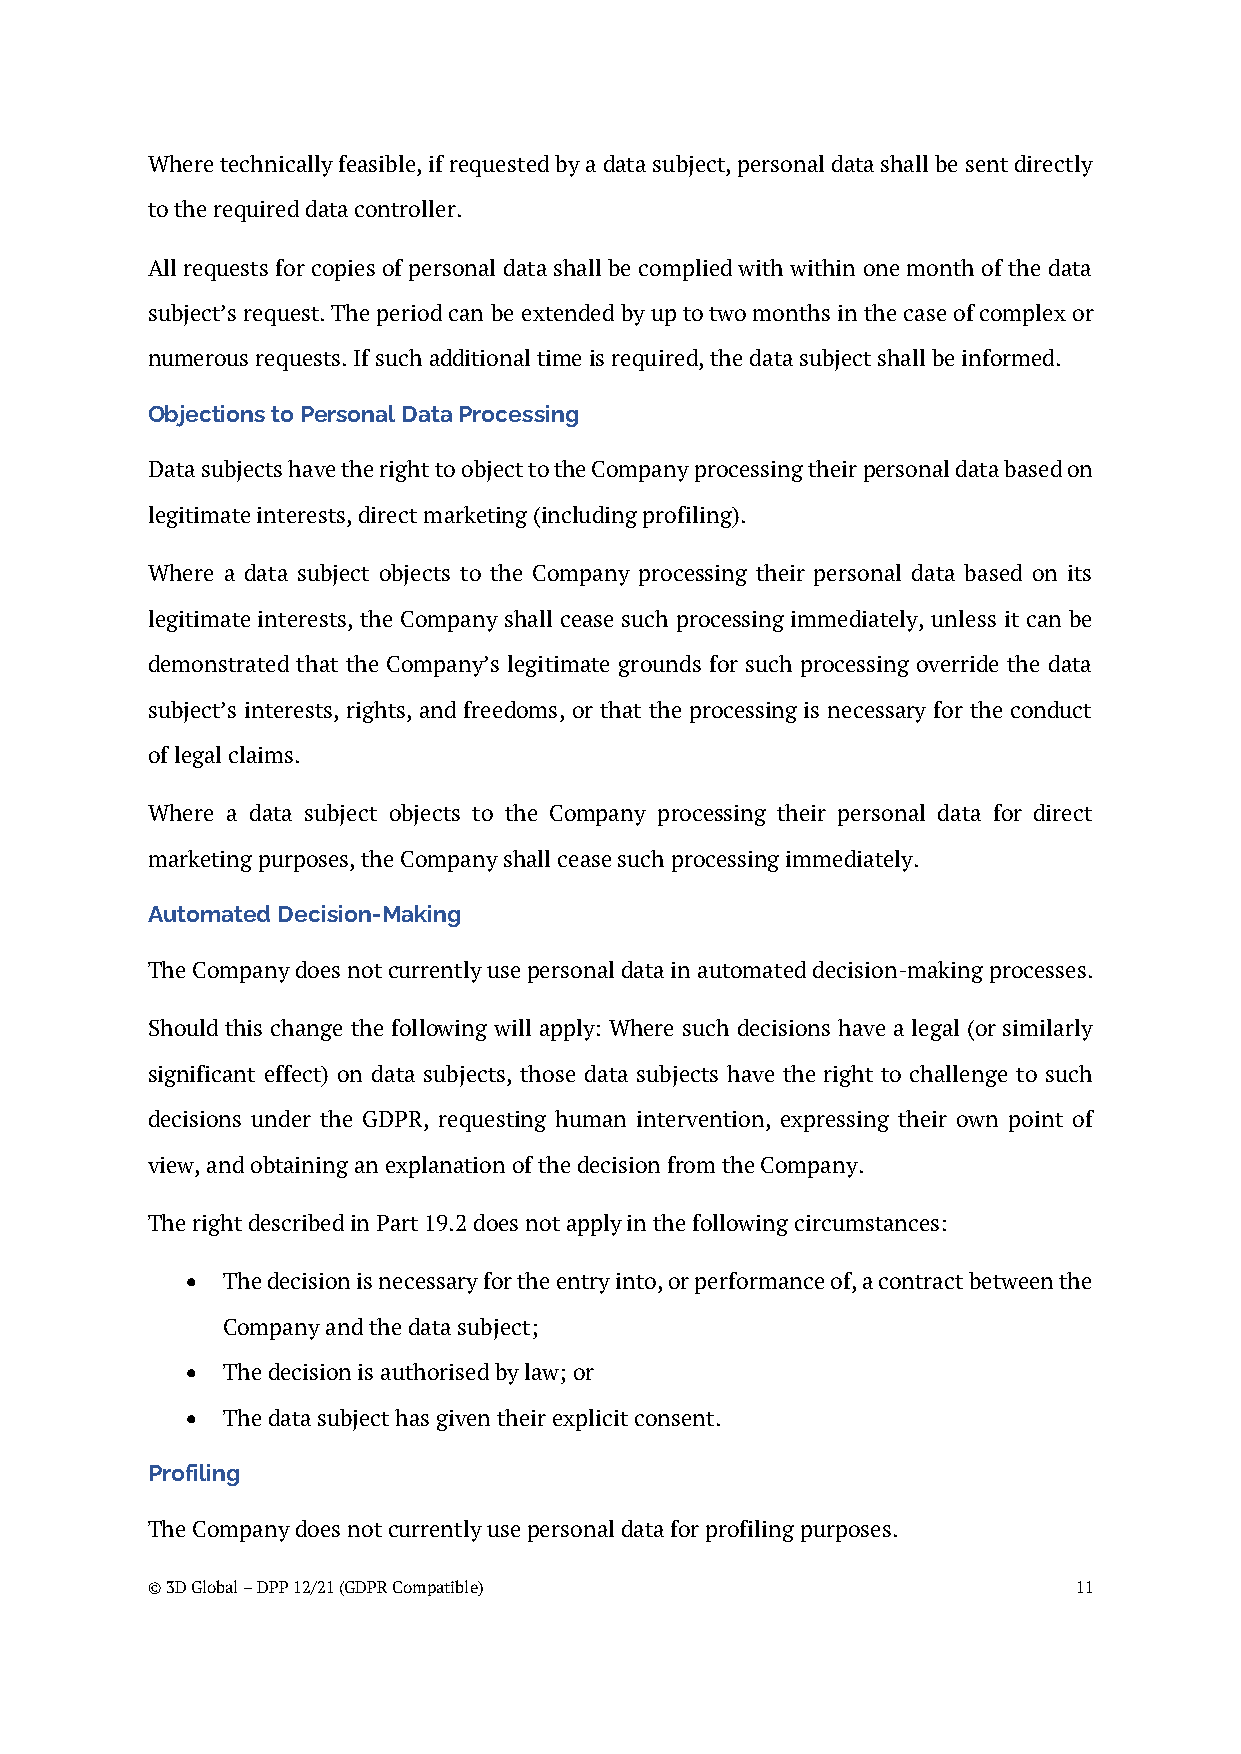
Where technically feasible, if requested by a data subject, personal data shall be sent directly
 to the required data controller.
 All requests for copies of personal data shall be complied with within one month of the data
 subject’s request. The period can be extended by up to two months in the case of complex or
 numerous requests. If such additional time is required, the data subject shall be informed.
 Objections to Personal Data Processing
 Data subjects have the right to object to the Company processing their personal data based on
 legitimate interests, direct marketing (including profiling).
 Where a data subject objects to the Company processing their personal data based on its
 legitimate interests, the Company shall cease such processing immediately, unless it can be
 demonstrated that the Company’s legitimate grounds for such processing override the data
 subject’s interests, rights, and freedoms, or that the processing is necessary for the conduct
 of legal claims.
 Where a data subject objects to the Company processing their personal data for direct
 marketing purposes, the Company shall cease such processing immediately.
 Automated Decision-Making
 The Company does not currently use personal data in automated decision-making processes.
 Should this change the following will apply: Where such decisions have a legal (or similarly
 significant effect) on data subjects, those data subjects have the right to challenge to such
 decisions under the GDPR, requesting human intervention, expressing their own point of
 view, and obtaining an explanation of the decision from the Company.
 The right described in Part 19.2 does not apply in the following circumstances:
 •  The decision is necessary for the entry into, or performance of, a contract between the
 Company and the data subject;
 •  The decision is authorised by law; or
 •  The data subject has given their explicit consent.
 Profiling
 The Company does not currently use personal data for profiling purposes.
 © 3D Global – DPP 12/21 (GDPR Compatible)                    11